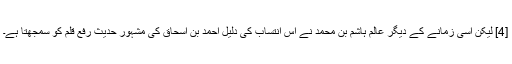
[4] لیکن اسی زمانے کے دیگر عالم ہاشم بن محمد نے اس انتساب کی دلیل احمد بن اسحاق کی مشہور حدیث رفع قلم کو سمجھتا ہے۔